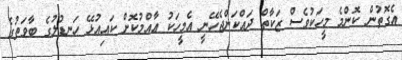
އެގޮތުން ކޮންމެ މީހަކުވެސް ޒަކާތް ދައްކަންޖެހޭނީ އެމީހަކު ޢާއްމުކޮށް ކައިއުޅޭ ހަނޑުލުގެ ބާވަތުގެ